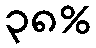
၃၈%